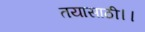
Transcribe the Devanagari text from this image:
तयासाठी।।